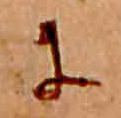
に